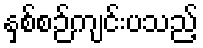
နှစ်စဉ်ကျင်းပသည့်